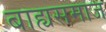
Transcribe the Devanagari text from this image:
बाह्यसमाज